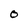
Character: O